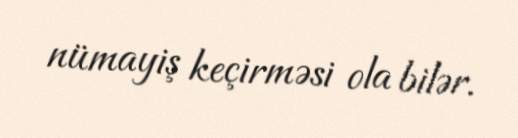
nümayiş keçirməsi ola bilər.